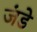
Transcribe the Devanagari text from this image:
जंडे